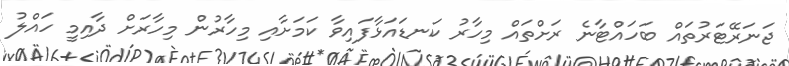
ޖަނަރޭޓަރުތައް ބަހައްޓާނެ ރަށްތައް މިހާރު ކަނޑައަޅާފައިވާ ކަމަށާއި މިހާރުން މިހާރަށް ދާއިމީ ހައްލު